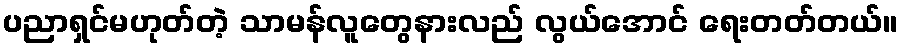
ပညာရှင်မဟုတ်တဲ့ သာမန်လူတွေနားလည် လွယ်အောင် ရေးတတ်တယ်။